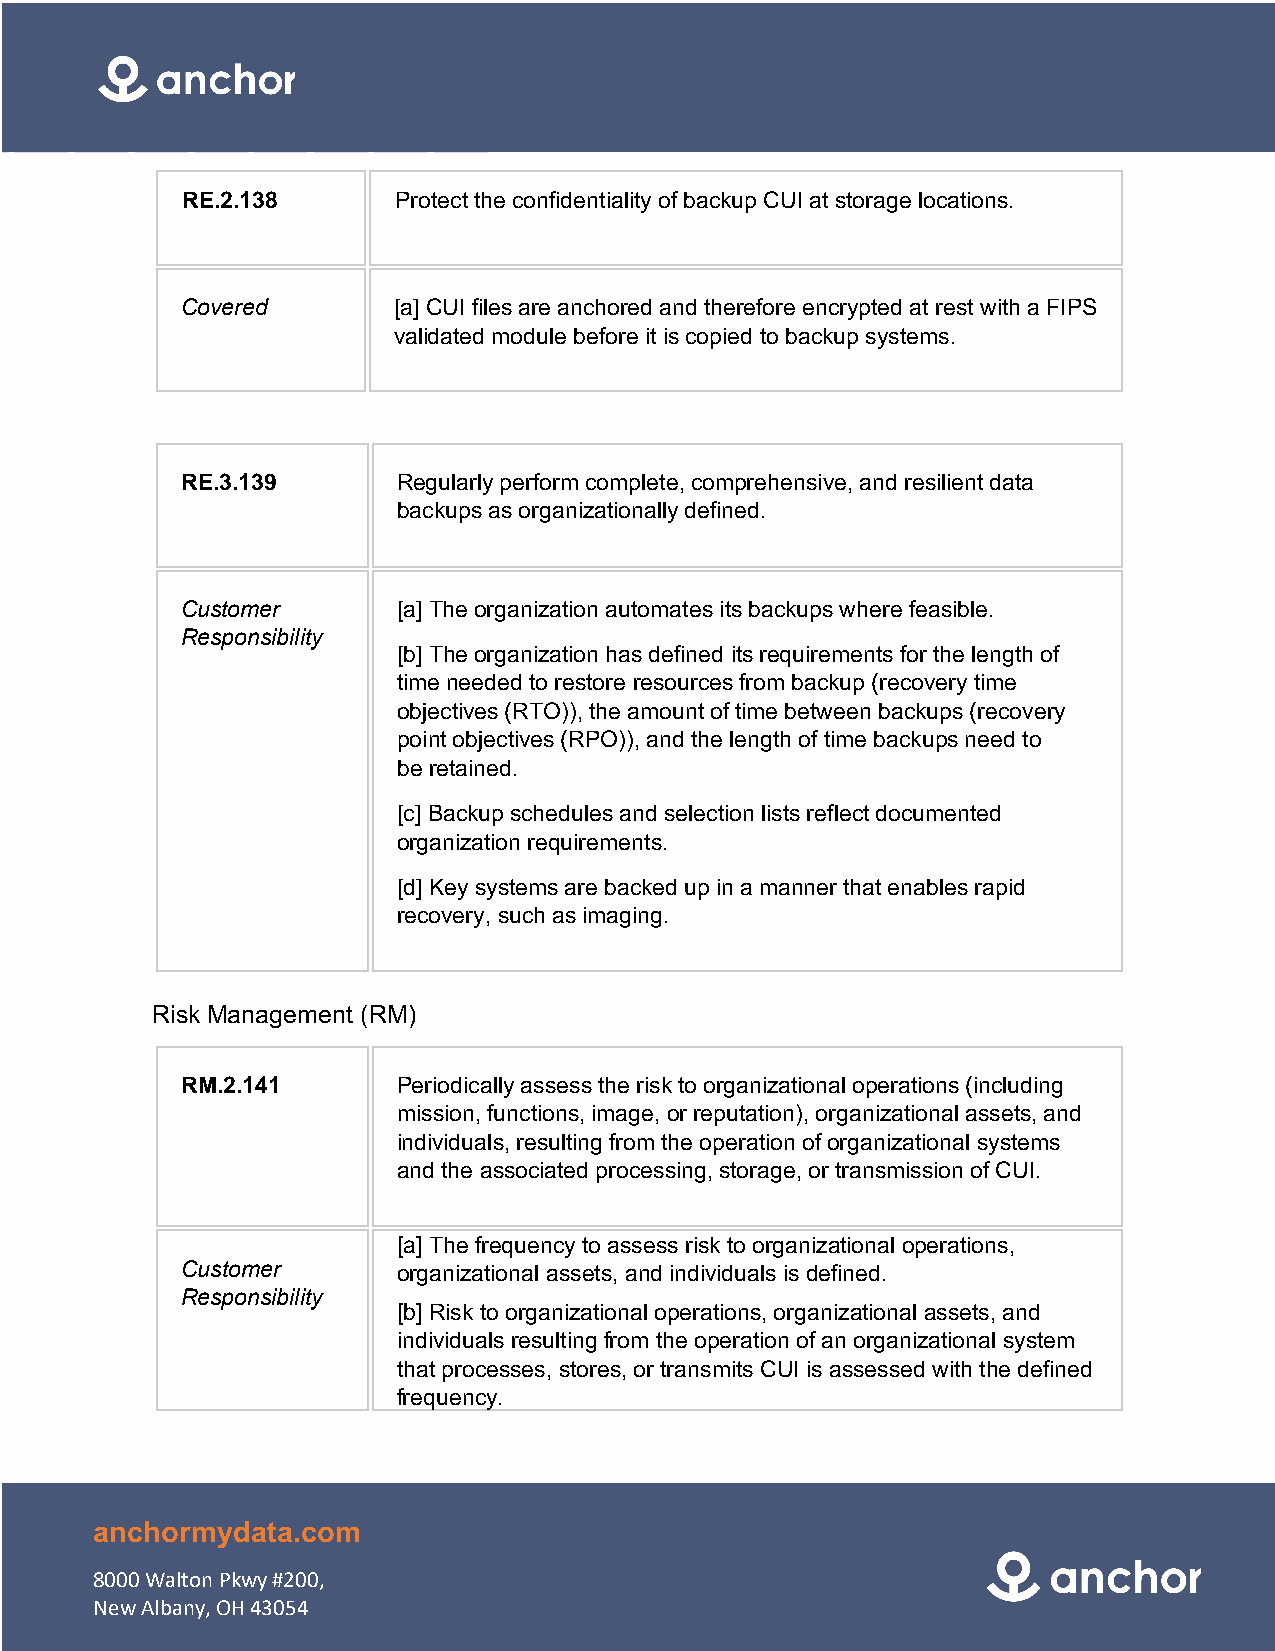
RE.2.138      Protect the confidentiality of backup CUI at storage locations.
 Covered       [a] CUI files are anchored and therefore encrypted at rest with a FIPS
 validated module before it is copied to backup systems.
 RE.3.139      Regularly perform complete, comprehensive, and resilient data
 backups as organizationally defined.
 Customer      [a] The organization automates its backups where feasible.
 Responsibility
 [b] The organization has defined its requirements for the length of
 time needed to restore resources from backup (recovery time
 objectives (RTO)), the amount of time between backups (recovery
 point objectives (RPO)), and the length of time backups need to
 be retained.
 [c] Backup schedules and selection lists reflect documented
 organization requirements.
 [d] Key systems are backed up in a manner that enables rapid
 recovery, such as imaging.
 Risk Management (RM)
 RM.2.141      Periodically assess the risk to organizational operations (including
 mission, functions, image, or reputation), organizational assets, and
 individuals, resulting from the operation of organizational systems
 and the associated processing, storage, or transmission of CUI.
 [a] The frequency to assess risk to organizational operations,
 Customer      organizational assets, and individuals is defined.
 Responsibility
 [b] Risk to organizational operations, organizational assets, and
 individuals resulting from the operation of an organizational system
 that processes, stores, or transmits CUI is assessed with the defined
 frequency.
 anchormydata.com
 8000 Walton Pkwy #200,
 New Albany, OH 43054